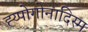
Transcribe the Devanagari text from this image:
ह्य्पोगोनादिस्म